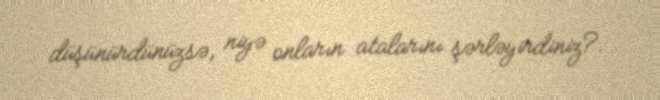
düşünürdünüzsə, niyə onların atalarını şərləyirdiniz?.